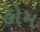
હોમ